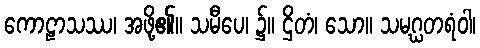
ကောဠာသဿ၊ အဖို့၏။ သမီပေ၊ ၌။ ဌိတံ၊ သော။ သမဂ္ဃတရံဝါ၊